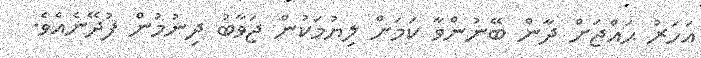
އަހަރު ޙައްޖަށް ދާން ބޭނުންވާ ކަމަށް ލިޔުމަކުން ޖަވާބު ދިނުމުން ފުދޭނެއެވެ.